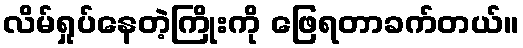
လိမ်ရှုပ်နေတဲ့ကြိုးကို ဖြေရတာခက်တယ်။